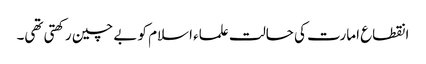
انقطاع امارت کی حالت علماء اسلام کو بے چین رکھتی تھی۔